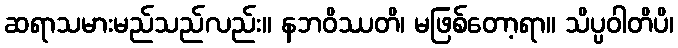
ဆရာသမားမည်သည်လည်း။ နဘဝိဿတိ၊ မဖြစ်တော့ရာ။ သိပ္ပဝါတိပိ၊